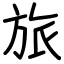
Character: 旅